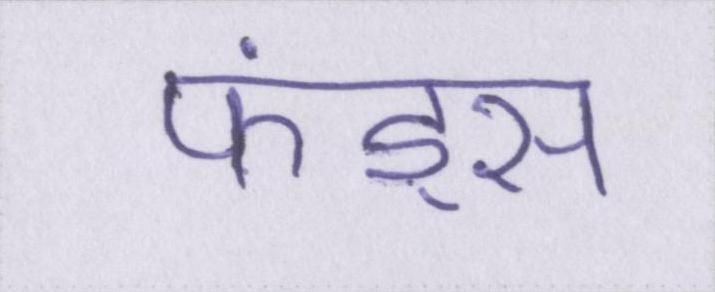
फंड्स